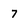
Character: 7